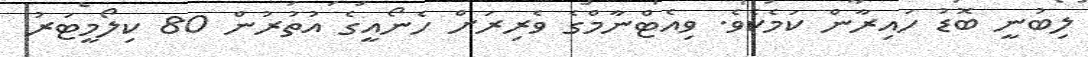
ލިބުނީ ބޮޑު ހައިރާން ކަމެކެވެ. ވިއެޓްނާމްގެ ވެރިރަށް ހެނޯއީގެ އުތުރުން 80 ކިލޯމީޓަރު